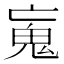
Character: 𩱿